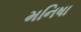
મનિષા